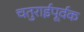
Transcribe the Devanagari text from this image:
चतुराईपूर्वक